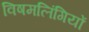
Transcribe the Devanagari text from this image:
विषमलिंगियों